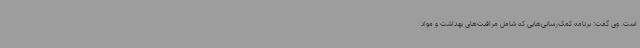
است. وی گفت: برنامه کمک‌رسانی‌هایی که شامل مراقبت‌های بهداشت و مواد